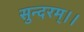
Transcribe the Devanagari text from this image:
सुन्दरम्।।